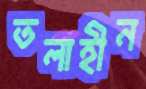
তলাহীন